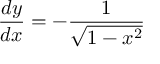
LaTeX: { \frac { d y } { d x } } = - { \frac { 1 } { \sqrt { 1 - x ^ { 2 } } } }